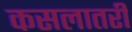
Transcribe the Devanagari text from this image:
कसलातरी